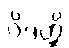
ဝိဒတ္ထိ